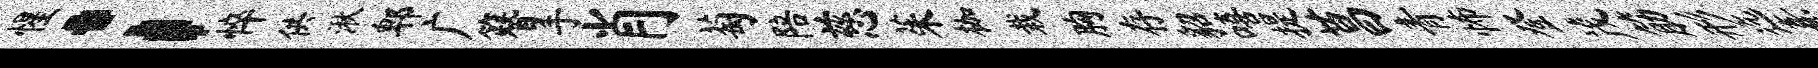
惺；悴供湫郫广簪手肖萄陪慈茱枷栽胸存貂嘻提莒青怖登茂筋形迄熹